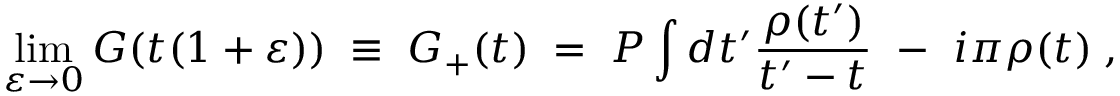
\operatorname * { l i m } _ { \varepsilon \rightarrow 0 } G ( t ( 1 + \varepsilon ) ) \; \equiv \; G _ { + } ( t ) \; = \; { \cal P } \int d t ^ { \prime } \frac { \rho ( t ^ { \prime } ) } { t ^ { \prime } - t } ~ - ~ i \pi \rho ( t ) \; ,